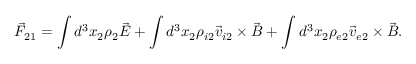
\vec { F } _ { 2 1 } = \int d ^ { 3 } x _ { 2 } \rho _ { 2 } \vec { E } + \int d ^ { 3 } x _ { 2 } \rho _ { i 2 } \vec { v } _ { i 2 } \times \vec { B } + \int d ^ { 3 } x _ { 2 } \rho _ { e 2 } \vec { v } _ { e 2 } \times \vec { B } .